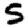
Digit: 5